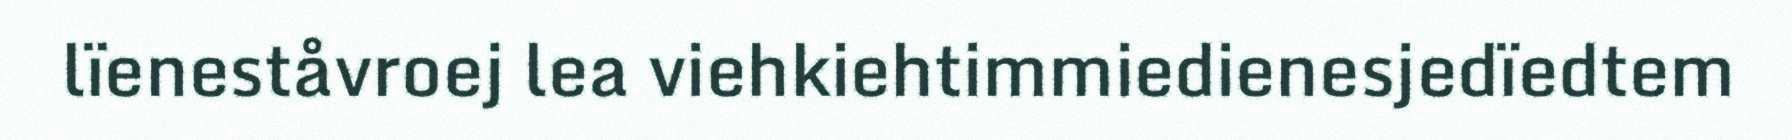
lïeneståvroej lea viehkiehtimmiedienesjedïedtem